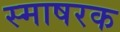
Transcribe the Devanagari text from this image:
स्माषरक